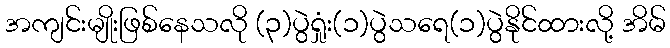
အကျင်းမျိုးဖြစ်နေသလို (၃)ပွဲရှုံး(၁)ပွဲသရေ(၁)ပွဲနိုင်ထားလို့ အိမ်